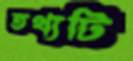
তথ্যটি